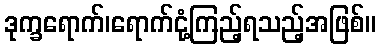
ဒုက္ခရောက်၊ရောက်ငုံ့ကြည့်ရသည့်အဖြစ်။